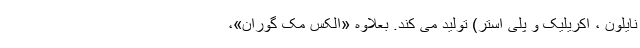
نایلون ، اکریلیک و پلی استر) تولید می کند. بعلاوه «الکس مک گوران»،